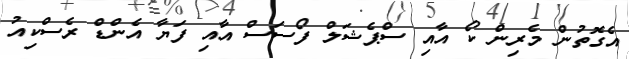
އެގޮތުން މެރިން ކޯ އާއި ސްޕެޝަލް ފޯސަސް އާއި ފަޔާ އެންޑް ރެސްކިއު